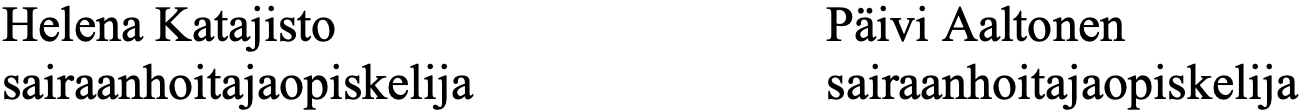
Helena Katajisto            Päivi Aaltonen sairaanhoitajaopiskelija    sairaanhoitajaopiskelija